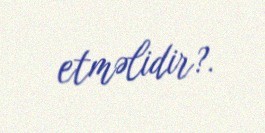
etməlidir?.